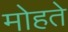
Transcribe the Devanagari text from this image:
मोहते